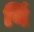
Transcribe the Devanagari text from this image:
यिं